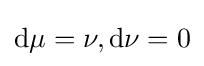
\mathrm {d} \mu =\nu ,\mathrm {d} \nu =0